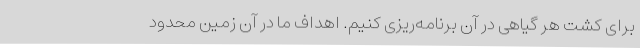
برای کشت هر گیاهی در آن برنامه‌ریزی کنیم. اهداف ما در آن زمین محدود